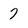
Character: 7